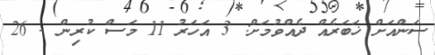
ސަންއަށް ޚަބަރެއް ދެއްވުމަށް: 3 އަހަރު 11 މަސް ކުރިން - 26